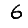
Digit: 6